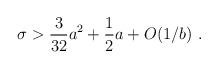
LaTeX: \begin{align*}\sigma > {3\over 32} {{a}}^2 + {1 \over 2} {{a}} + O(1/{{b}})\ .\end{align*}